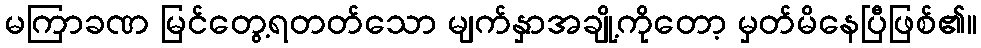
မကြာခဏ မြင်တွေ့ရတတ်သော မျက်နှာအချို့ကိုတော့ မှတ်မိနေပြီဖြစ်၏။